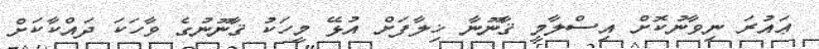
ޢައުރަ ނިވާނުކޮށް އިސްލާމީ ޤާނޫނާ ޚިލާފަށް އުޅޭ މީހަކު ޤާނޫނުގެ ވާހަކަ ދައްކާކަށް